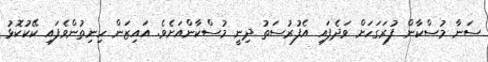
ސަނާ މުސްކާން ފުރަގަހަށް ވަދެފައި އެފުރުސަތު ދިނީ މުސްކާންއަށެވެ. އައިޒަން ހިނިތުންވެފައި ކޭކުކޮޅު